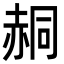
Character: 䞒